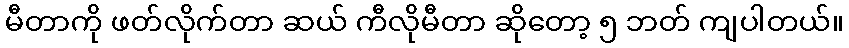
မီတာကို ဖတ်လိုက်တာ ဆယ် ကီလိုမီတာ ဆိုတော့ ၅ ဘတ် ကျပါတယ်။